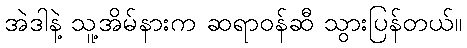
အဲဒါနဲ့ သူ့အိမ်နားက ဆရာဝန်ဆီ သွားပြန်တယ်။